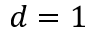
d = 1